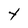
Character: Y